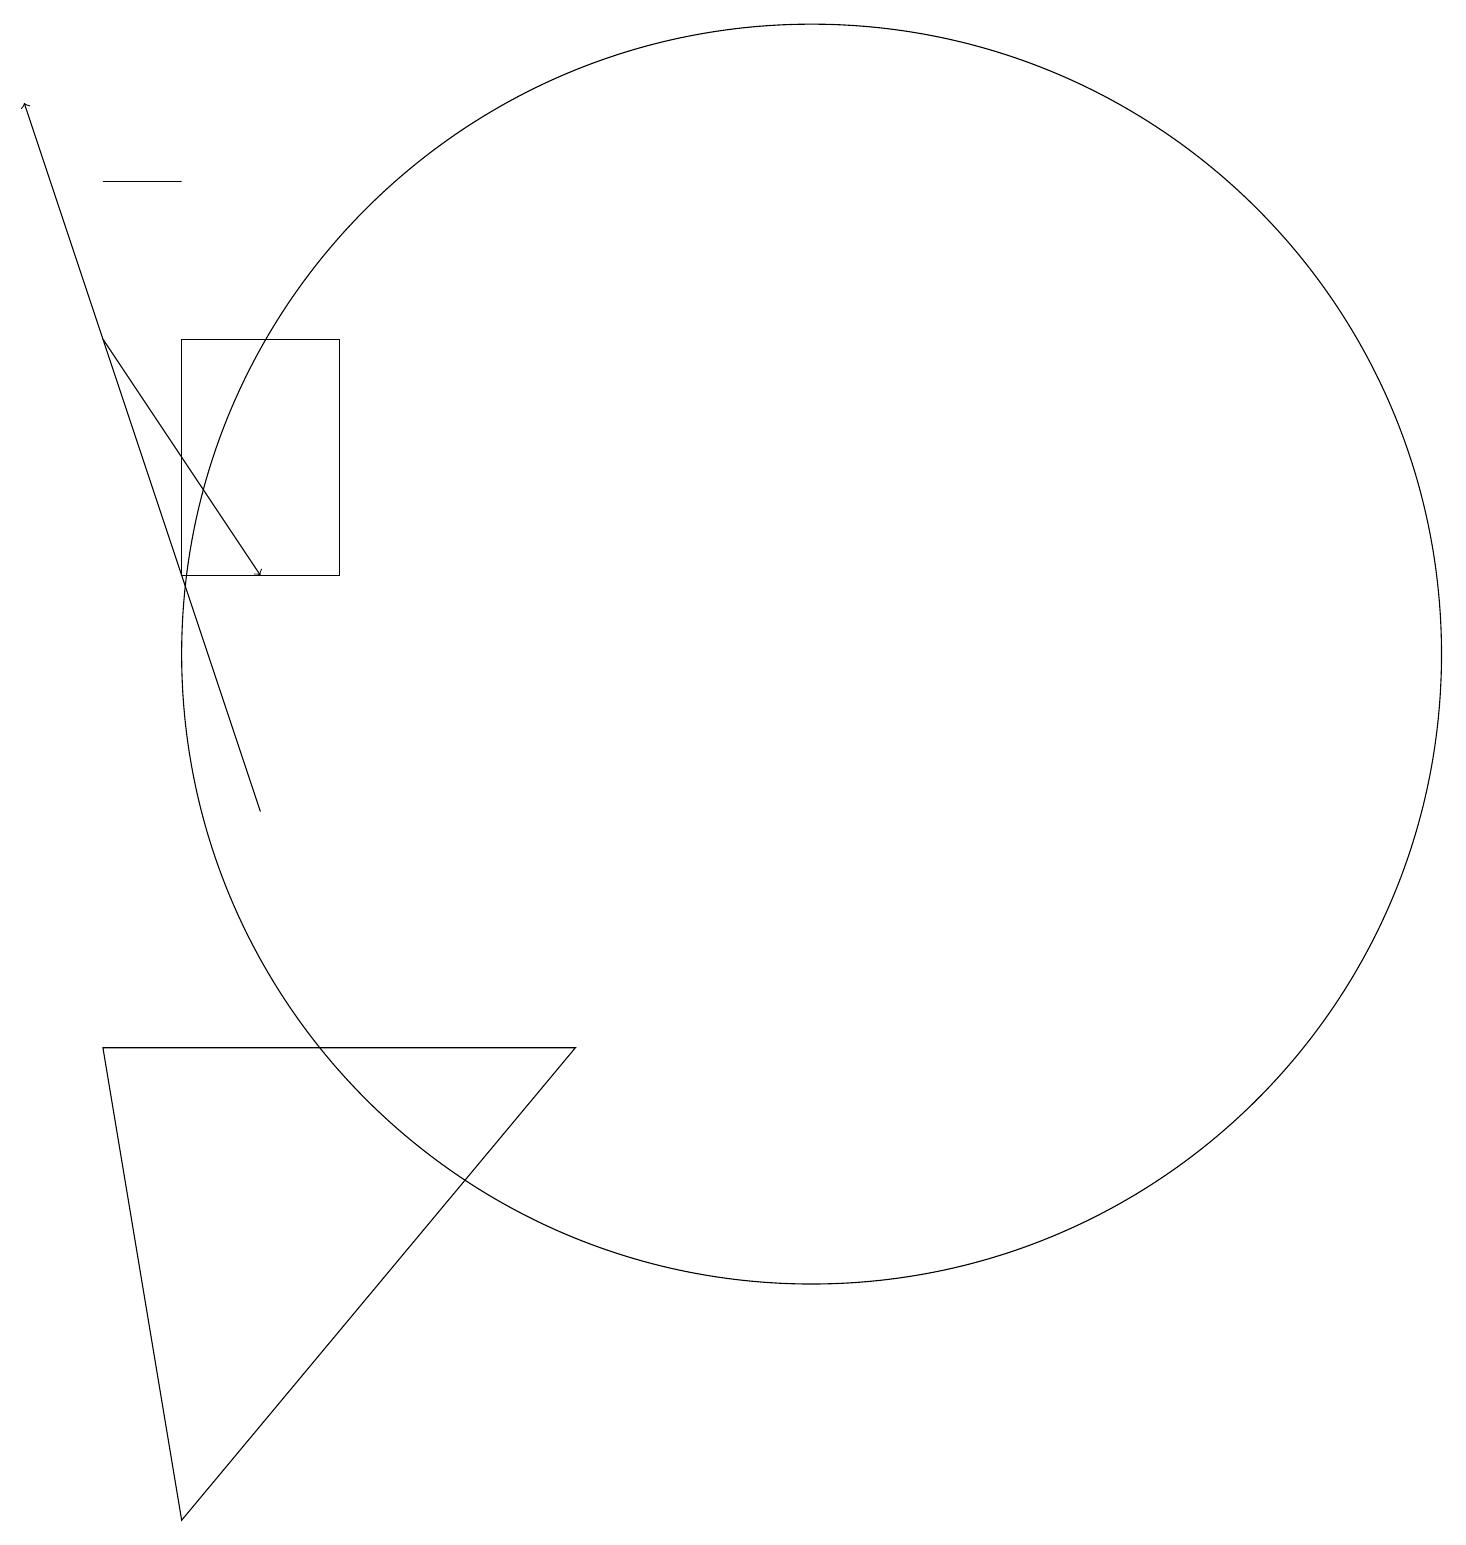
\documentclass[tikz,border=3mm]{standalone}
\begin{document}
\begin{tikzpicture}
\draw (2,1) -- (7,7) -- (1,7) -- cycle;
\draw[->] (3,10) -- (0,19);
\draw (11,10) circle (0);
\draw (4,13) rectangle (2,16);
\draw (10,12) circle (8);
\draw (2,18) rectangle (1,18);
\draw[->] (1,16) -- (3,13);
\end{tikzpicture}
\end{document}